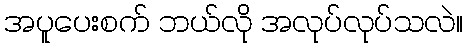
အပူပေးစက် ဘယ်လို အလုပ်လုပ်သလဲ။